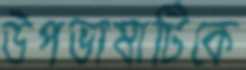
উপভাষাটিকে